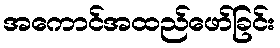
အကောင်အထည်ဖော်ခြင်း